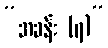
“အခန်း (၇)”